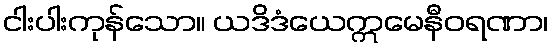
ငါးပါးကုန်သော။ ယဒိဒံယေဣမေနီဝရဏာ၊